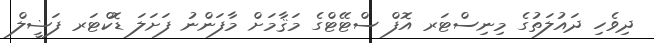
ދިވެހި ދައުލަތުގެ މިނިސްޓަރ އޮފް ސްޓޭޓްގެ މަޤާމަށް މާފަންނު ފަށަލަ ޑޮކްޓަރ ފަޟީލް